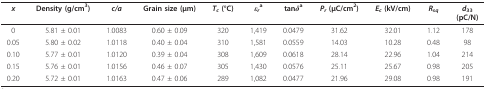
<table><thead><tr><td><b><i>x</i></b></td><td><b>Density (g/cm<sup>3</sup>)</b></td><td><b><i>c/a</i></b></td><td><b>Grain size (μm)</b></td><td><b><i>T</i><sub><i>c </i></sub>(°C)</b></td><td><b><i>ε</i><sub><i>r</i></sub><sup>a</sup></b></td><td><b>tan<i>δ</i><sup>a</sup></b></td><td><b><i>P</i><sub><i>r </i></sub>(μC/cm<sup>2</sup>)</b></td><td><b><i>E</i><sub><i>c </i></sub>(kV/cm)</b></td><td><b><i>R</i><sub><i>sq</i></sub></b></td><td><b><i>d</i><sub>33</sub>(pC/N)</b></td></tr></thead><tbody><tr><td>0</td><td>5.81 ± 0.01</td><td>1.0083</td><td>0.60 ± 0.09</td><td>320</td><td>1,419</td><td>0.0479</td><td>31.62</td><td>32.01</td><td>1.12</td><td>178</td></tr><tr><td>0.05</td><td>5.80 ± 0.02</td><td>1.0118</td><td>0.40 ± 0.04</td><td>310</td><td>1,581</td><td>0.0559</td><td>14.03</td><td>10.28</td><td>0.48</td><td>98</td></tr><tr><td>0.10</td><td>5.77 ± 0.01</td><td>1.0120</td><td>0.39 ± 0.04</td><td>308</td><td>1,609</td><td>0.0618</td><td>28.14</td><td>22.96</td><td>1.04</td><td>214</td></tr><tr><td>0.15</td><td>5.76 ± 0.01</td><td>1.0156</td><td>0.46 ± 0.07</td><td>305</td><td>1,430</td><td>0.0576</td><td>25.11</td><td>25.67</td><td>0.98</td><td>205</td></tr><tr><td>0.20</td><td>5.72 ± 0.01</td><td>1.0163</td><td>0.47 ± 0.06</td><td>289</td><td>1,082</td><td>0.0477</td><td>21.96</td><td>29.08</td><td>0.98</td><td>191</td></tr></tbody></table>